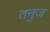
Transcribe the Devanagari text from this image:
तनुज